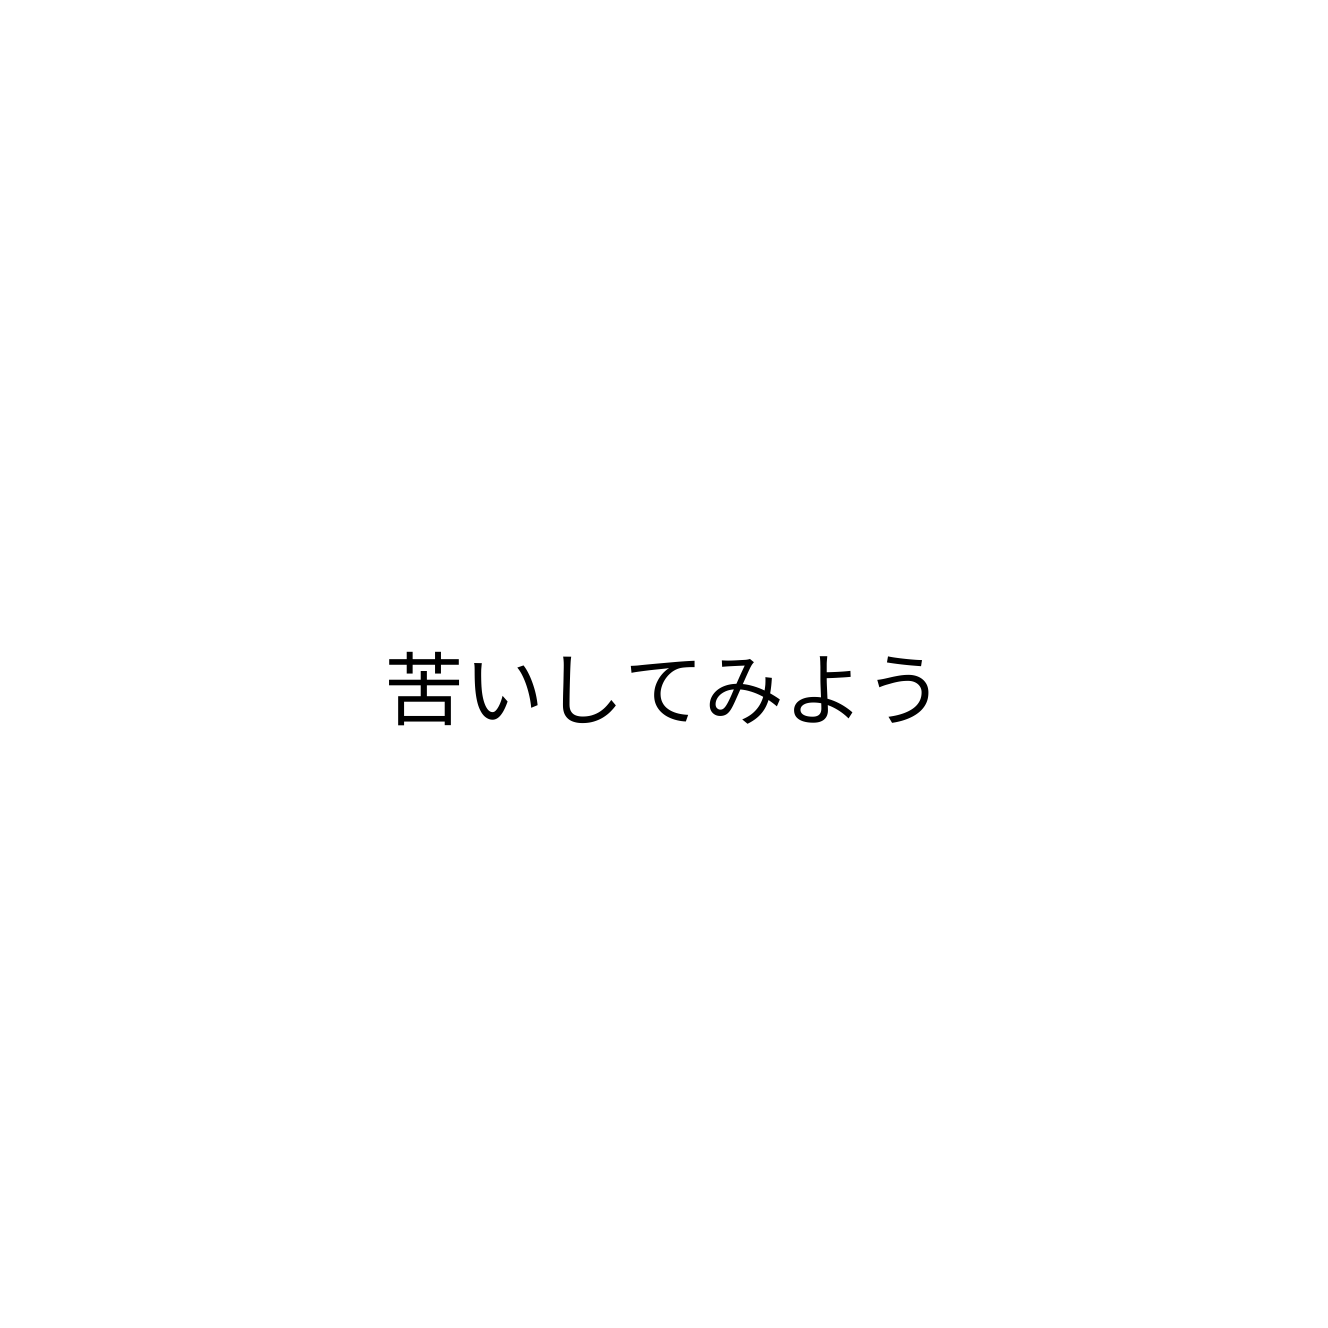
苦いしてみよう